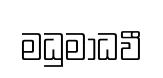
මධුමාධවී